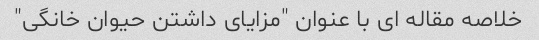
خلاصه مقاله ای با عنوان "مزایای داشتن حیوان خانگی"